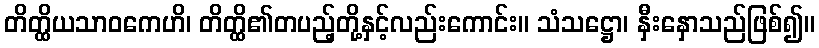
တိတ္ထိယသာဝကေဟိ၊ တိတ္ထိ၏တပည့်တို့နှင့်လည်းကောင်း။ သံသဋ္ဌော၊ နှီးနှောသည်ဖြစ်၍။